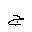
Letter: _gim